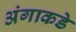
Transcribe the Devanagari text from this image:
अंगाकडे